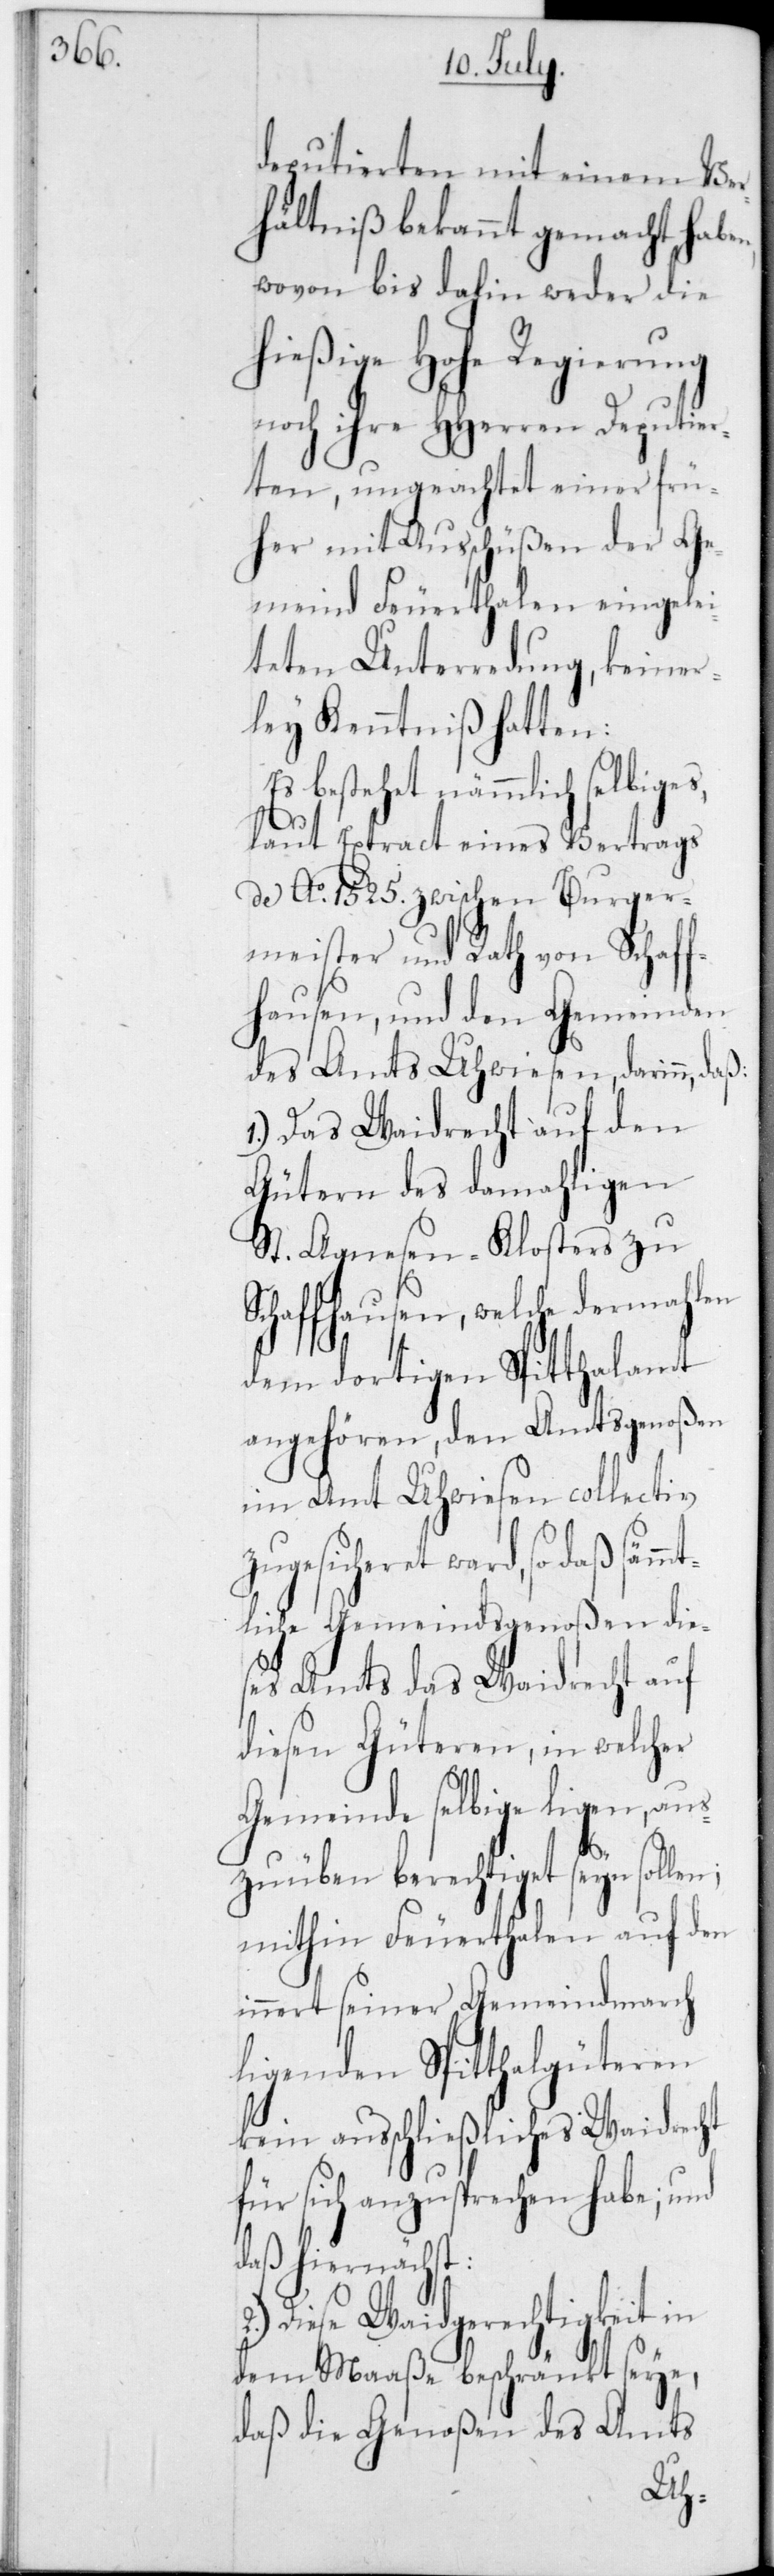
deputierten mit einem Ver¬
hältniß bekannt gemacht habe¬
wovon bis dahin weder die
hießige Hohe Regierung
noch ihre HHerren Deputier¬
ten, ungeachtet einer frü¬
her mit Ausschüßen der Ge¬
meind Feuerthalen eingelei¬
teten Unterredung, keiner¬
ley Kenntniß hatten:
Es bestehet nämmlich selbiges,
laut Extract eines Vertrags
de Ao 1525 zwischen Burger¬
meister und Rath von Schaf¬
fhausen, und den Gemeinden
des Amts Uhwiesen, darinn, daß:
1.) Das Waidrecht auf den
Gütern des damahligen
St. Agnesen-Klosters zu
güte¬
Schaffhausen, welche
eind¬
dem dortigen Spi¬
genoßen
angehören, den
lig¬
im Amt Uhwiesen
nd
ugesicheret ward, so daß
tliche Gemeinds¬
ses Amts das Weid¬
diesen Güteren,
Gemeinde selbige
szuüben berechti¬
mithin Feuerth¬
den
innert seiner Gem¬
ren
liegenden Spitthal¬
kein ausschließliches Waidrecht
für sich anzusprechen habe; u¬
daß hiernächst:
Diese Waidgerechtigkeit in
dem Maaße beschränkt seye,
daß die Genoßen des Amts